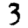
Digit: 3